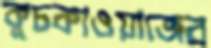
কুচকাওয়াজের